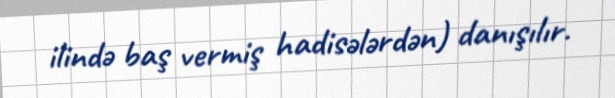
ilində baş vermiş hadisələrdən) danışılır.